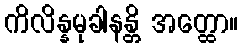
ကိလိန္နမုခါနန္တိ အတ္ထော။